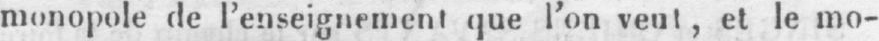
monopole de l’enseignement que l’on veut, et le mo-